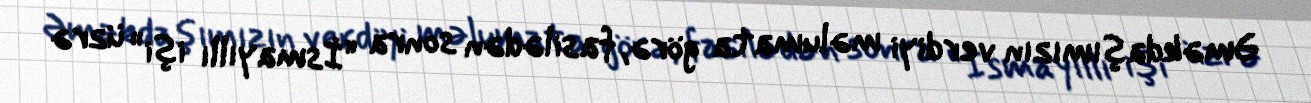
Əməkdaşımızın verdiyi məlumata görə, fasilədən sonra “İsmayıllı işi” üzrə